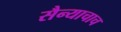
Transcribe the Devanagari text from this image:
सैन्याचाच